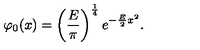
\varphi _ { 0 } ( x ) = \left( \frac { E } { \pi } \right) ^ { \frac { 1 } { 4 } } e ^ { - \frac { E } { 2 } x ^ { 2 } } .